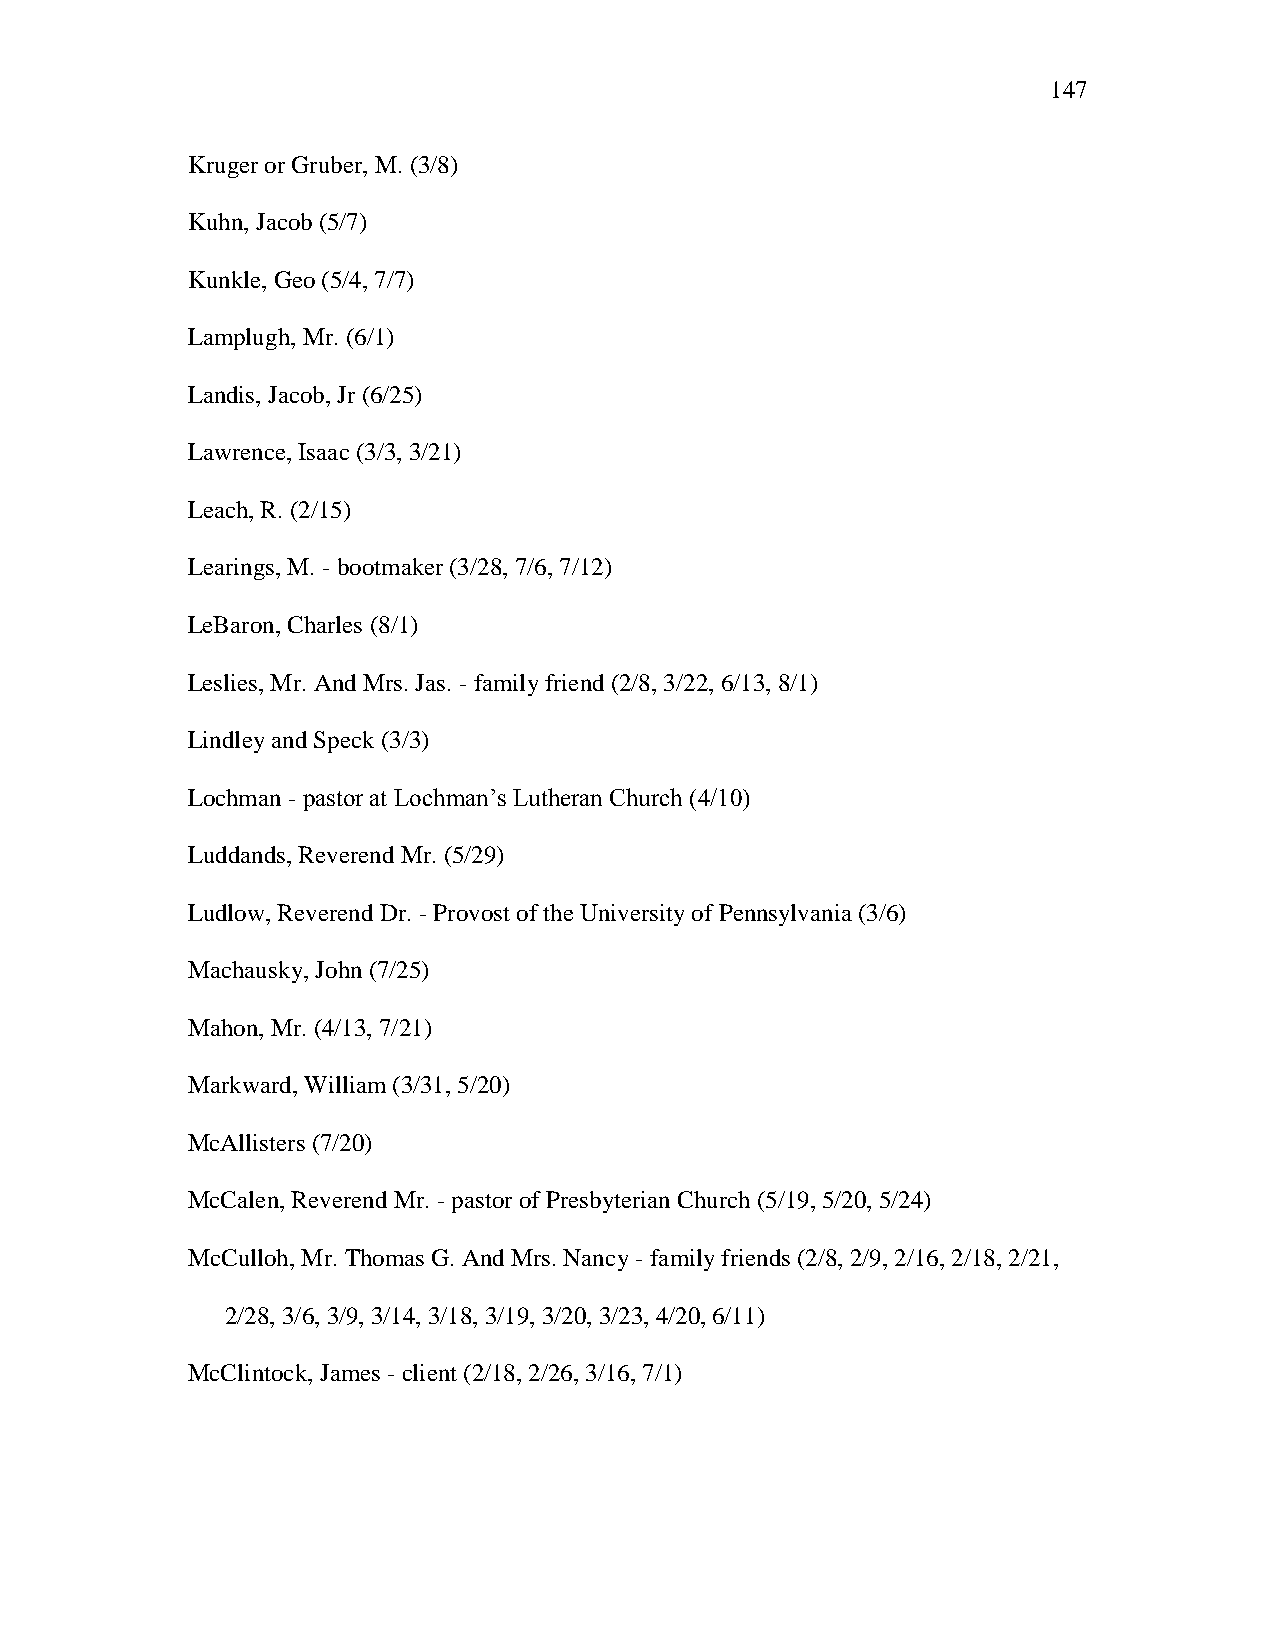
147
 Kruger or Gruber, M. (3/8)
 Kuhn, Jacob (5/7)
 Kunkle, Geo (5/4, 7/7)
 Lamplugh, Mr. (6/1)
 Landis, Jacob, Jr (6/25)
 Lawrence, Isaac (3/3, 3/21)
 Leach, R. (2/15)
 Learings, M. - bootmaker (3/28, 7/6, 7/12)
 LeBaron, Charles (8/1)
 Leslies, Mr. And Mrs. Jas. - family friend (2/8, 3/22, 6/13, 8/1)
 Lindley and Speck (3/3)
 Lochman - pastor at Lochman‘s Lutheran Church (4/10)
 Luddands, Reverend Mr. (5/29)
 Ludlow, Reverend Dr. - Provost of the University of Pennsylvania (3/6)
 Machausky, John (7/25)
 Mahon, Mr. (4/13, 7/21)
 Markward, William (3/31, 5/20)
 McAllisters (7/20)
 McCalen, Reverend Mr. - pastor of Presbyterian Church (5/19, 5/20, 5/24)
 McCulloh, Mr. Thomas G. And Mrs. Nancy - family friends (2/8, 2/9, 2/16, 2/18, 2/21,
 2/28, 3/6, 3/9, 3/14, 3/18, 3/19, 3/20, 3/23, 4/20, 6/11)
 McClintock, James - client (2/18, 2/26, 3/16, 7/1)